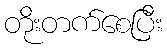
တိုးတက်စေပြီး